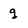
Character: g